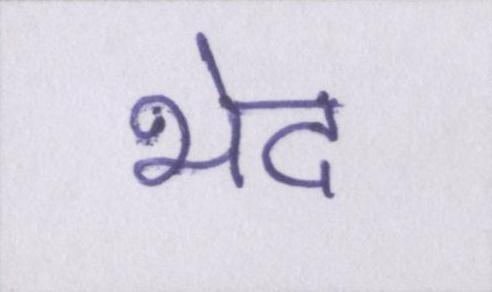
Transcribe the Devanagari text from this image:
भेद